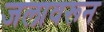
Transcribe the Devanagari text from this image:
जलावरून